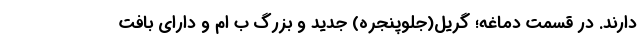
دارند. در قسمت دماغه؛ گریل(جلوپنجره) جدید و بزرگ ب ام و دارای بافت